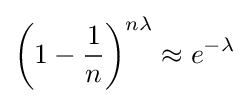
\left(1-{1 \over n}\right)^{n\lambda }\approx e^{-\lambda }